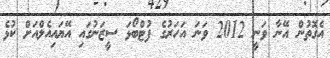
އެގޮތުން އޭނާ ވަނީ 2012 ވަނަ އަހަރުގެ ފުޓްބޯޅަ ސީޒަނުގައި އޭޔައިއެލްއަށް ކުޅެ